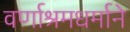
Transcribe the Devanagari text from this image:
वर्णाश्रमधर्माने